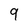
Character: 9